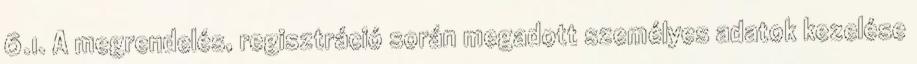
6.1. A megrendelés, regisztráció során megadott személyes adatok kezelése